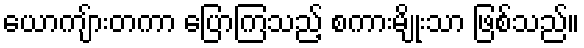
ယောကျ်ားတကာ ပြောကြသည့် စကားမျိုးသာ ဖြစ်သည်။